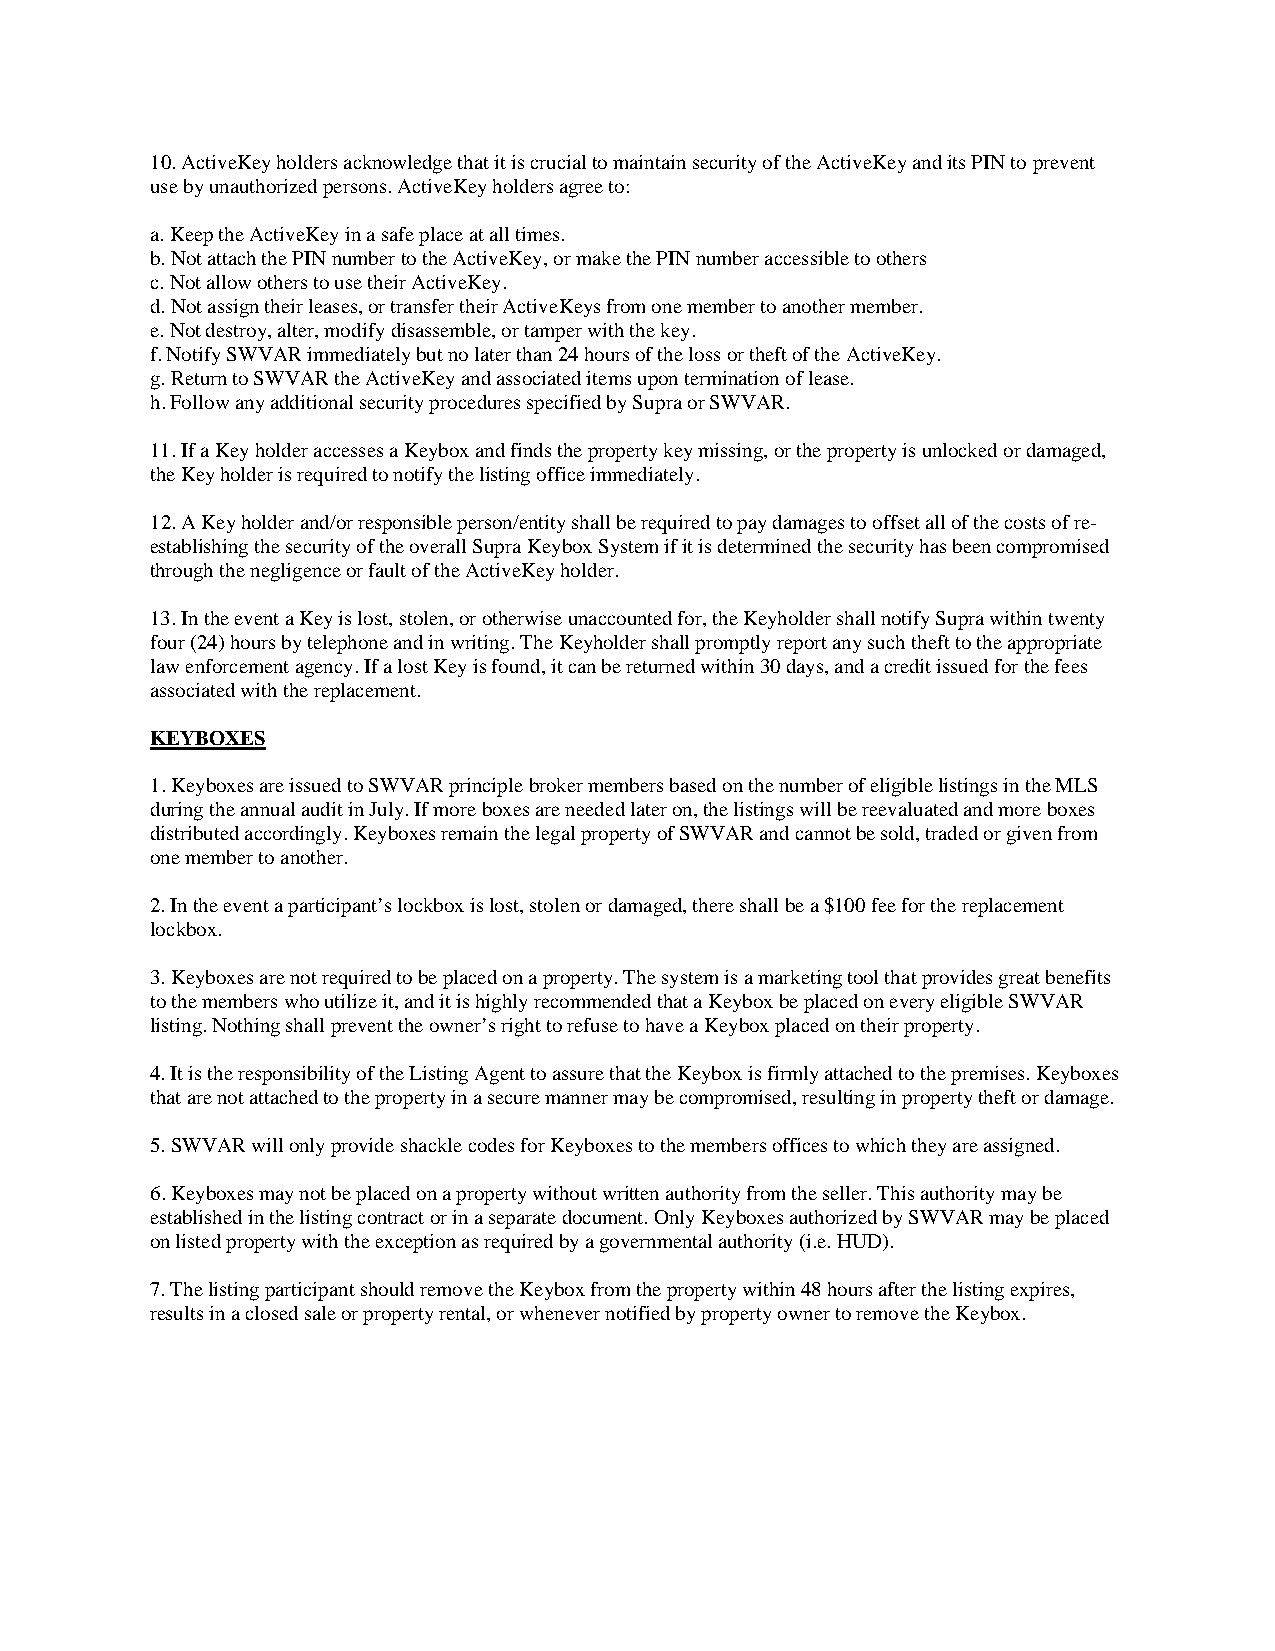
10.ActiveKey holders acknowledge that it is crucial to maintain security of the ActiveKey and its PIN to prevent
 use by unauthorized persons. ActiveKey holders agree to:
 a.Keep the ActiveKey in a safe place at all times.
 b.Not attach the PIN number to the ActiveKey, or make the PIN number accessible to others
 c.Not allow others to use their ActiveKey.
 d.Not assign their leases, or transfer their ActiveKeys from one member to another member.
 e.Not destroy, alter, modify disassemble, or tamper with the key.
 f.Notify SWVAR immediately but no later than 24 hours of the loss or theft of the ActiveKey.
 g.Return to SWVAR the ActiveKey and associated items upon termination of lease.
 h.Follow any additional security procedures specified by Supra or SWVAR.
 11.If a Key holder accesses a Keybox and finds the property key missing, or the property is unlocked or damaged,
 the Key holder is required to notify the listing office immediately.
 12.A Key holder and/or responsible person/entity shall be required to pay damages to offset all of the costs of re-
 establishing the security of the overall Supra Keybox System if it is determined the security has been compromised
 through the negligence or fault of the ActiveKey holder.
 13.In the event a Key is lost, stolen, or otherwise unaccounted for, the Keyholder shall notify Supra within twenty
 four (24) hours by telephone and in writing. The Keyholder shall promptly report any such theft to the appropriate
 law enforcement agency. If a lost Key is found, it can be returned within 30 days, and a credit issued for the fees
 associated with the replacement.
 KEYBOXES
 1.Keyboxes are issued to SWVAR principle broker members based on the number of eligible listings in the MLS
 during the annual audit in July. If more boxes are needed later on, the listings will be reevaluated and more boxes
 distributed accordingly. Keyboxes remain the legal property of SWVAR and cannot be sold, traded or given from
 one member to another.
 2.In the event a participant’s lockbox is lost, stolen or damaged, there shall be a $100 fee for the replacement
 lockbox.
 3.Keyboxes are not required to be placed on a property. The system is a marketing tool that provides great benefits
 to the members who utilize it, and it is highly recommended that a Keybox be placed on every eligible SWVAR
 listing. Nothing shall prevent the owner’s right to refuse to have a Keybox placed on their property.
 4.It is the responsibility of the Listing Agent to assure that the Keybox is firmly attached to the premises. Keyboxes
 that are not attached to the property in a secure manner may be compromised, resulting in property theft or damage.
 5.SWVAR will only provide shackle codes for Keyboxes to the members offices to which they are assigned.
 6.Keyboxes may not be placed on a property without written authority from the seller. This authority may be
 established in the listing contract or in a separate document. Only Keyboxes authorized by SWVAR may be placed
 on listed property with the exception as required by a governmental authority (i.e. HUD).
 7.The listing participant should remove the Keybox from the property within 48 hours after the listing expires,
 results in a closed sale or property rental, or whenever notified by property owner to remove the Keybox.